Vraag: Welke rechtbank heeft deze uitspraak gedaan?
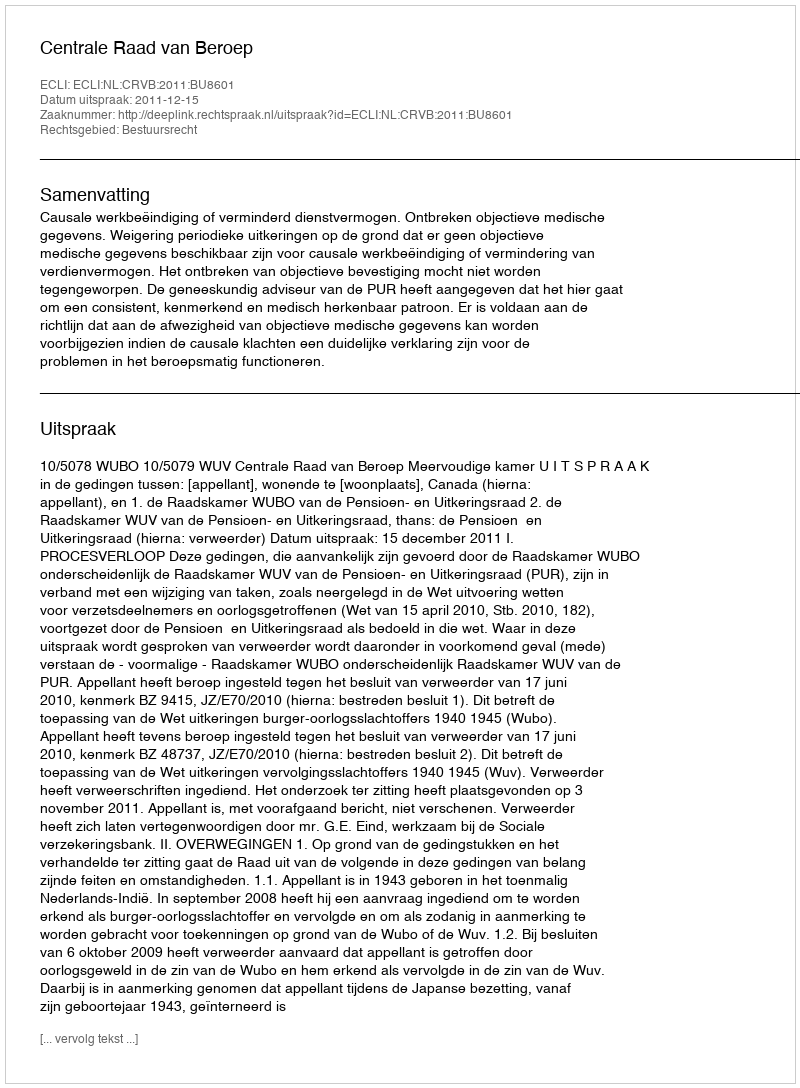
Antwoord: Centrale Raad van Beroep